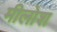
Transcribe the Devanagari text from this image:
मीलोश